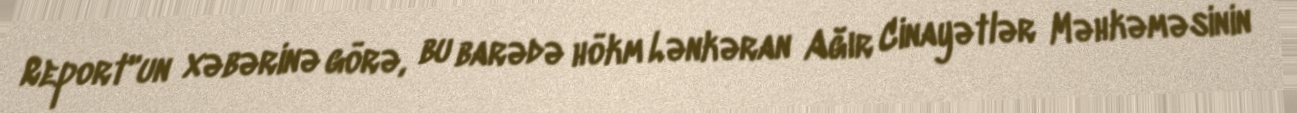
Report"un xəbərinə görə, bu barədə hökm Lənkəran Ağır Cinayətlər Məhkəməsinin